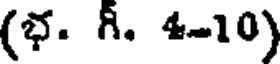
(భ. గీ. 4-10)